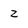
Character: z